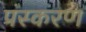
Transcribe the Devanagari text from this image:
प्रंस्करण